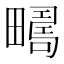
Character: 𰣚